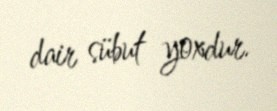
dair sübut yoxdur.